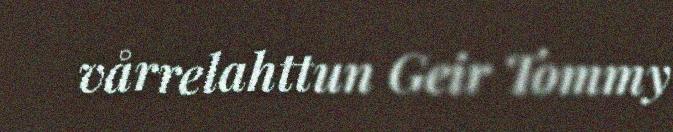
vårrelahttun Geir Tommy